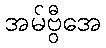
အမ်ဗွီအေ